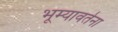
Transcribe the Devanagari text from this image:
भूम्यावर्तना